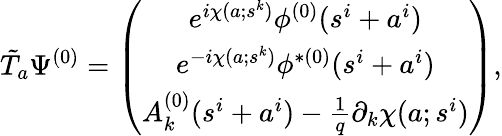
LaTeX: \tilde{T}_{a}\Psi^{(0)}=\left(\begin{array}{c}{{e^{i\chi(a;s^{k})}\phi^{(0)}(s^{i}+a^{i})}}\\ {{e^{-i\chi(a;s^{k})}\phi^{\ast(0)}(s^{i}+a^{i})}}\\ {{A_{k}^{(0)}(s^{i}+a^{i})-\frac{1}{q}\partial_{k}\chi(a;s^{i})}}\end{array}\right),